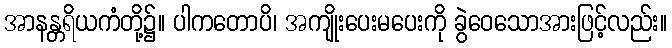
အာနန္တရိယကံတို့၌။ ပါကတောပိ၊ အကျိုးပေးမပေးကို ခွဲဝေသောအားဖြင့်လည်း။